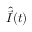
\hat { \vec { I } } ( t )